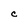
Character: C